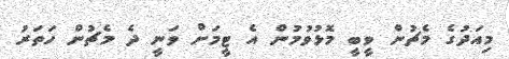
މިއަދުގެ މެޗުން ވީބީ މޮޅުވުމުން އެ ޓީމަށް ވަނީ ދެ މެޗުން ހަތަރު